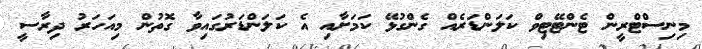
މިނިސްޓްރީން ޓެންޓޭޓިވް ކަލަންޑަރެއް ގެންގުޅޭ ކަމަށާއި އެ ކަލަންޑަރުގައިވާ ގޮތުން މިއަހަރު ދިރާސީ